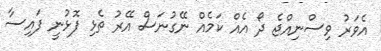
އެވަރު ވިސްނިއްޖެ ދޯ އެއް ކަމެއް ނޭގުނަސް އޭރު ތެޅި ފޮޅުނީ ފައިސާ